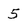
Character: 5